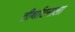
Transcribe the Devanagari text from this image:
तीर्थाटनाला